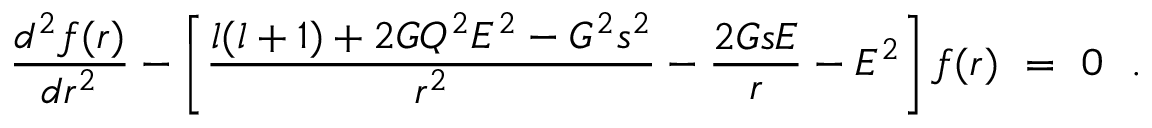
{ \frac { d ^ { 2 } f ( r ) } { d r ^ { 2 } } } - \left[ { \frac { l ( l + 1 ) + 2 G Q ^ { 2 } E ^ { 2 } - G ^ { 2 } s ^ { 2 } } { r ^ { 2 } } } - { \frac { 2 G s E } { r } } - E ^ { 2 } \right] f ( r ) ~ = ~ 0 ~ ~ .